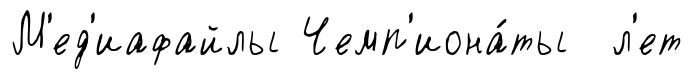
М'ед'иафайлы Чемп'иона́ты л'ет